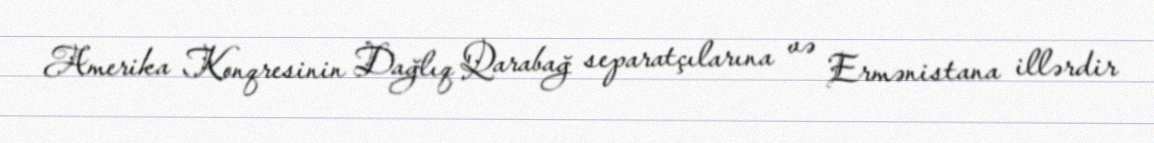
Amerika Konqresinin Dağlıq Qarabağ separatçılarına və Ermənistana illərdir